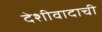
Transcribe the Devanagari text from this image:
देशीवादाची